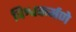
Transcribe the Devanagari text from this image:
विश्वकर्मणे